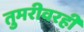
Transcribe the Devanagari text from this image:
तुमरीवरही